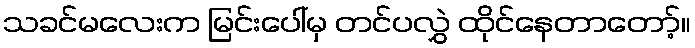
သခင်မလေးက မြင်းပေါ်မှ တင်ပလွှဲ ထိုင်နေတာတော့်။